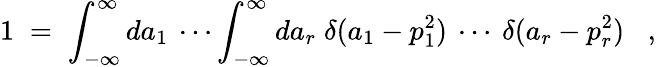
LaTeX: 1\; =\; \int_{-\infty}^{\infty}da_{1}\: \cdots\int_{-\infty}^{\infty}da_{r}\; \delta(a_{1}-p_{1}^{2})\: \cdots\: \delta(a_{r}-p_{r}^{2})\; \; \; ,